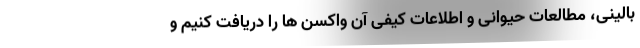
بالینی، مطالعات حیوانی و اطلاعات کیفی آن واکسن ها را دریافت کنیم و